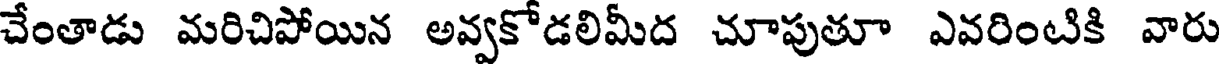
చేంతాడు మరిచిపోయిన అవ్వకోడలిమీద చూపుతూ ఎవరింటికి వారు